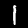
Label: 1